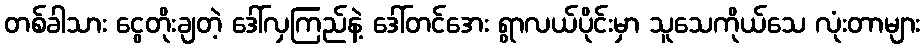
တစ်ခါသား ငွေတိုးချတဲ့ ဒေါ်လှကြည်နဲ့ ဒေါ်တင်အေး ရွာလယ်ပိုင်းမှာ သူသေကိုယ်သေ လုံးတာများ